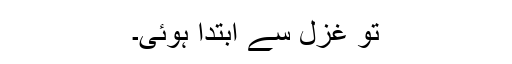
تو غزل سے ابتدا ہُوئی۔